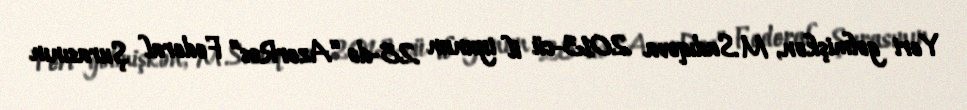
Yeri gəlmişkən, M.Sadıqova 2013-cü il iyunun 28-də “AzerRos” Federal Şurasının